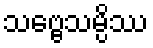
သဗ္ဗေသမ္ပိဿ